Civil Veterinary Department ledger series I-VI
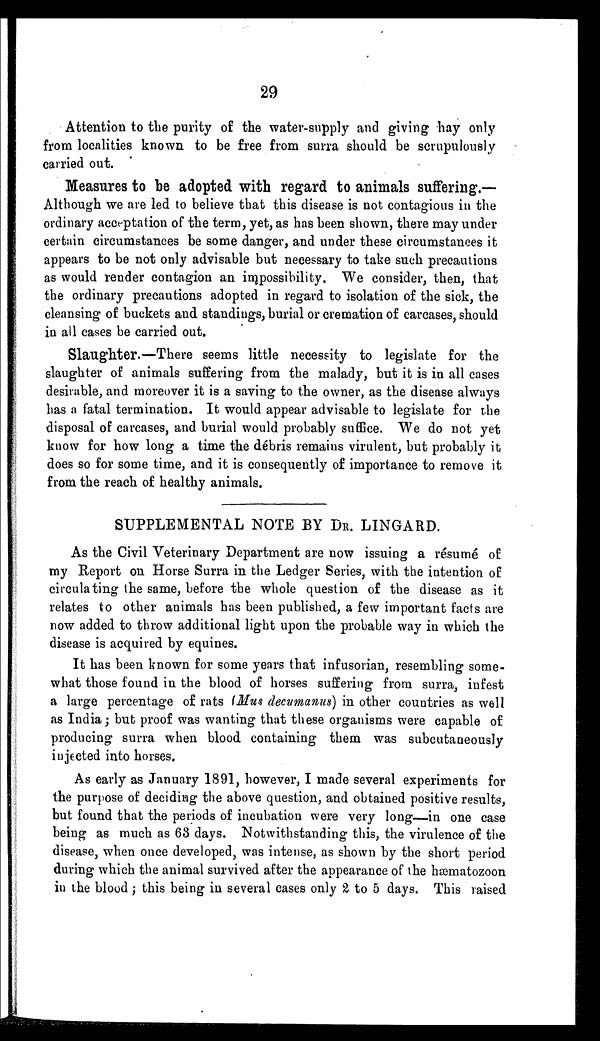
29
Attention to the purity of the water-supply and giving hay only
from localities known to be free from surra should be scrupulously
carried out.
Measures to be adopted with regard to animals suffering.—
Although we are led to believe that this disease is not contagious in the
ordinary acceptation of the term, yet, as has been shown, there may under
certain circumstances be some danger, and under these circumstances it
appears to be not only advisable but necessary to take such precautions
as would render contagion an impossibility. We consider, then, that
the ordinary precautions adopted in regard to isolation of the sick, the
cleansing of buckets and standings, burial or cremation of carcases, should
in all cases be carried out.
Slaughter.—There seems little necessity to legislate for the
slaughter of animals suffering from the malady, but it is in all cases
desirable, and moreover it is a saving to the owner, as the disease always
has a fatal termination. It would appear advisable to legislate for the
disposal of carcases, and burial would probably suffice. We do not yet
know for how long a time the débris remains virulent, but probably it
does so for some time, and it is consequently of importance to remove it
from the reach of healthy animals.
SUPPLEMENTAL NOTE BY DR. LINGARD.
As the Civil Veterinary Department are now issuing a résumé of
my Report on Horse Surra in the Ledger Series, with the intention of
circulating the same, before the whole question of the disease as it
relates to other animals has been published, a few important facts are
now added to throw additional light upon the probable way in which the
disease is acquired by equines.
It has been known for some years that infusorian, resembling some-
what those found in the blood of horses suffering from surra, infest
a large percentage of rats (Mus decumanus) in other countries as well
as India; but proof was wanting that these organisms were capable of
producing surra when blood containing them was subcutaneously
injected into horses.
As early as January 1891, however, I made several experiments for
the purpose of deciding the above question, and obtained positive results,
but found that the periods of incubation were very long—in one case
being as much as 63 days. Notwithstanding this, the virulence of the
disease, when once developed, was intense, as shown by the short period
during which the animal survived after the appearance of the hæmatozoon
in the blood; this being in several cases only 2 to 5 days. This raised